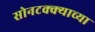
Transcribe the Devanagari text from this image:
सोनटक्क्याच्या